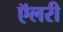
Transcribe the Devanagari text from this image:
ऍलरी